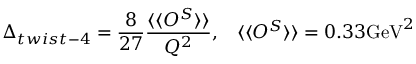
\Delta _ { t w i s t - 4 } = \frac { 8 } { 2 7 } \frac { \langle \langle O ^ { S } \rangle \rangle } { Q ^ { 2 } } , \; \; \; \langle \langle O ^ { S } \rangle \rangle = 0 . 3 3 \mathrm { G e V } ^ { 2 }